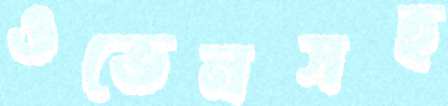
ওভেনসহ